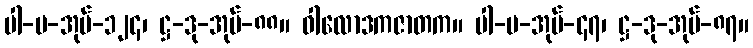
ပါ-ပ-အုပ်-၁၂၄၊ ဋ္ဌ-ဒု-အုပ်-၈၈။ ဝါလောဒကဇာတက။ ပါ-ပ-အုပ်-၄၇၊ ဋ္ဌ-ဒု-အုပ်-၈၇။